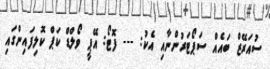
ސުއަރޭޒް ބައެއް ސަޕޯޓަރުންނާއި އެކު: --- ފޮޓޯ: އޭޕީ ވޯލްޑް ކަޕް ކޮލިފައިންގައި